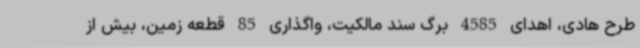
طرح هادی، اهدای 4585 برگ سند مالکیت، واگذاری 85 قطعه زمین، بیش از